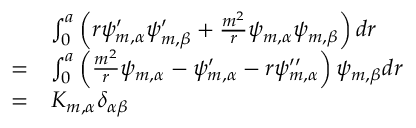
\begin{array} { r l } & { \int _ { 0 } ^ { a } \left( r \psi _ { m , \alpha } ^ { \prime } \psi _ { m , \beta } ^ { \prime } + \frac { m ^ { 2 } } { r } \psi _ { m , \alpha } \psi _ { m , \beta } \right) d r } \\ { = } & { \int _ { 0 } ^ { a } \left( \frac { m ^ { 2 } } { r } \psi _ { m , \alpha } - \psi _ { m , \alpha } ^ { \prime } - r \psi _ { m , \alpha } ^ { \prime \prime } \right) \psi _ { m , \beta } d r } \\ { = } & { K _ { m , \alpha } \delta _ { \alpha \beta } } \end{array}